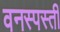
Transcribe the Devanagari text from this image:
वनस्पस्ती